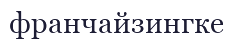
франчайзингке